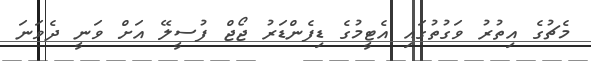
މެޗުގެ އިތުރު ވަގުތުގައި އެޓީމުގެ ޑިފެންޑަރު ޖޯޖް ފުސީލޭ އަށް ވަނީ ދެވަނަ